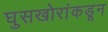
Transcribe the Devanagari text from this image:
घुसखोरांकडून